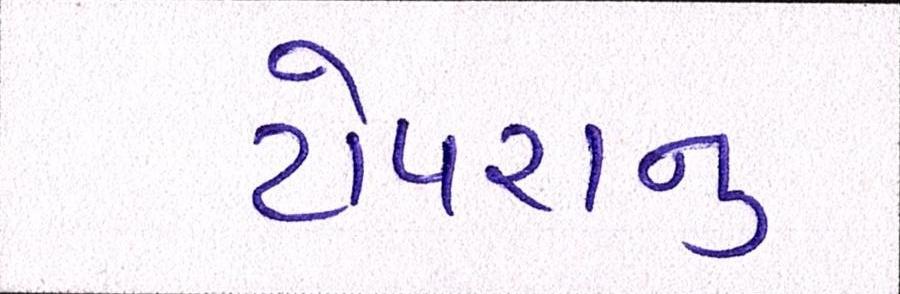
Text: ટોપરાનું